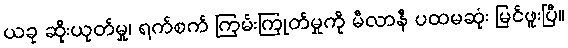
ယခု ဆိုးယုတ်မှု၊ ရက်စက် ကြမ်းကြုတ်မှုကို မီလာနီ ပထမဆုံး မြင်ဖူးပြီ။